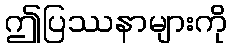
ဤပြဿနာများကို